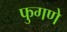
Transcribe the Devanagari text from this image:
फुगणे